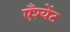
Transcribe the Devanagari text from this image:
एँश्येंट